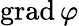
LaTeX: \mathrm{grad\, }\varphi